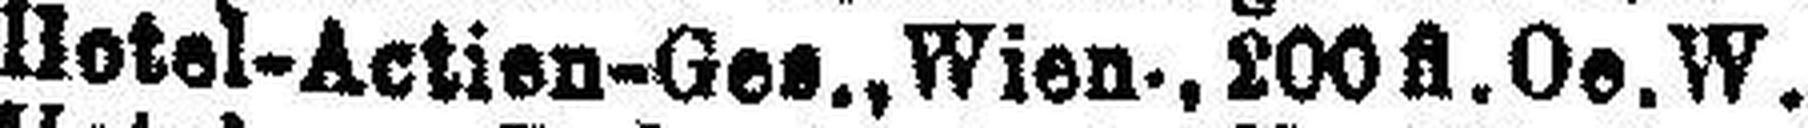
Hotel-Actien-Ges., Wien., 200fl. Oe. W.